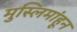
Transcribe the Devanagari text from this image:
मुस्लिमांहून